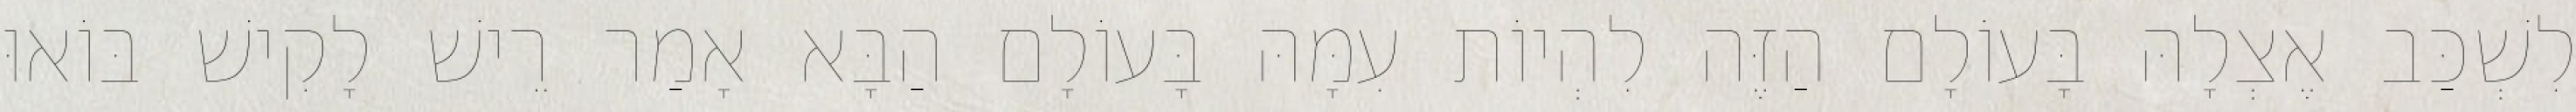
לִשְׁכַּב אֶצְלָהּ בָּעוֹלָם הַזֶּה לִהְיוֹת עִמָּהּ בָּעוֹלָם הַבָּא אָמַר רֵישׁ לָקִישׁ בּוֹאוּ